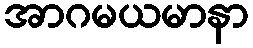
အာဂမယမာနာ